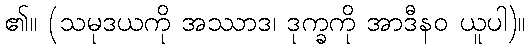
၏။ (သမုဒယကို အဿာဒ၊ ဒုက္ခကို အာဒီနဝ ယူပါ)။